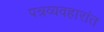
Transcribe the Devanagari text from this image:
पत्रव्यवहारांत